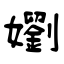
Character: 嬼